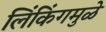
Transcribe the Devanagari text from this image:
लिंकिंगमुळे